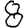
Digit: 8